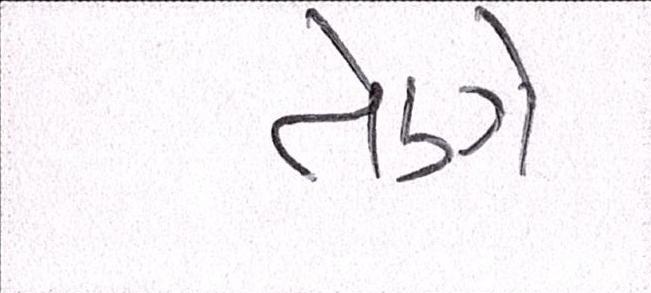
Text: તેણે